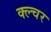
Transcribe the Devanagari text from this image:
क्ल्चर